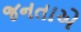
જનતાએ